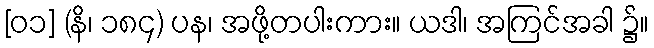
[၀၁] (နိ၊ ၁၈၄) ပန၊ အဖို့တပါးကား။ ယဒါ၊ အကြင်အခါ ၌။